Report on vaccination in Madras 1922-1929 - 1922-1929
Year: 1922
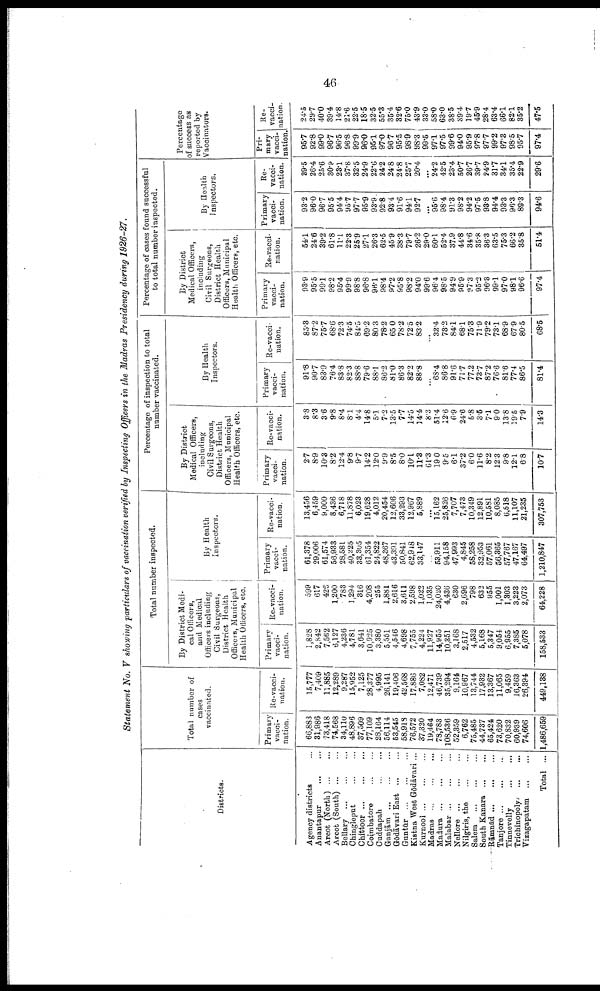
46
Statement No. V showing particulars of vaccination verified by Inspecting Officers in the Madras Presidency during 1926-27.
Districts.
Agency districts ...
Anantapur
...
...
Arcot (North)
...
...
Arcot (South)
...
...
Bellary
...
...
...
Chingleput ... ...
Chittoor
...
...
...
Coimbatore
...
...
Cuddapah
...
...
Ganjāin
...
...
...
Gōdāvari East ... ...
Guntūr
...
...
...
Kistna West Gōdāvari ...
Kurnool
...
...
...
Madras
...
...
...
Madura ... ... ...
Malabar
...
...
...
Nellore
...
...
...
Nilgiris, the
Salem
South Kanara
...
...
Rānmād
...
...
...
Tanjore
...
...
...
Tinnevelly
...
...
Trichinopoly
...
...
Vizagapatam
...
...
Total ...
Total number of
cases
vaccinated.
Primary
vacci
nation.
66,883
31,986
73,418
74,568
34,110
48,896
37,509
77,109
28,164
56,114
53,545
58,918
76,572
37,320
19,464
78,783
108,536
52,359
6,762
75,485
44,737
65,424
73,620
70,832
60,939
74,606
1,486,659
Re-vacci¬
nation.
15,777
7,409
11,885
12,289
9,287
15,952
7,125
28,377
4,995
26,141
19,406
42,568
17,886
7,082
12,471
46,739
35,294
9,164
10,967
13,744
17,932
13,367
11,065
9,459
16,363
26,394
449,138
Total number inspected.
By District Medi
cal Officers,
and Medical
Officers including
Civil Surgeons,
District Health
Officers, Municipal
Health Officers, etc.
Primary
vacci¬
nation.
1,828
2,842
7,562
6,127
4,236
4,781
3,641
10,925
3,380
5,551
4,546
4,698
7,755
4,224
11,927
14,955
10,351
3,168
2,517
4,532
5,168
5,347
9,054
6,955
7,385
5,078
158,533
Re-vacci
nation.
599
617
426
1,200
783
1,294
316
4,208
255
1,881
2,616
3,611
2,598
1,023
1,035
24,020
4,436
630
2,696
798
632
955
1,001
1,303
3,223
2,073
64,228
By Health
Inspectors.
Primary
vacci
nation.
61,378
29,006
61,574
56,933
28,581
40,225
33,305
61,354
24,822
48,367
43,391
50,841
62,948
33,147
...
53,911
94,158
47,993
4,845
58,258
32,953
57,061
56,365
57,767
47,167
64,497
1,210,847
Re-vacci¬
nation.
13,456
6,459
9,000
8,436
6,718
11,878
6,023
19,628
4,012
20,454
12,606
33,293
12,967
5,889
...
15,162
25,826
7,707
7,473
10,349
12,891
10,581
8,085
6,518
11,107
21,235
307,753
Percentage of inspection to total
number vaccinated.
By District
Medical Officers,
including
Civil Surgeons,
District Health
Officers, Municipal
Health Officers, etc.
Primary
vacci
nation.
2.7
8.9
10.3
8.2
12.4
9.8
9.7
14.2
12.0
9.9
8.5
8.0
10.1
11.8
61.3
19.0
9.5
6.1
37.2
6.0
11.6
8.2
12.3
9.8
12.1
6.8
10.7
Re-vacci
nation.
3.8
8.3
3.6
9.8
8.4
8.1
4.4
14.8
5.1
7.2
13.5
7.7
14.5
14.4
8.3
51.4
12.6
6.9
24.6
5.8
3.5
7.1
9.0
13.8
19.5
7.9
14.3
By Health
Inspectors.
Primary
vacci
nation.
91.8
90.7
83.9
76.4
83.8
82.3
88.8
79.6
88.1
86.2
81.0
86.3
82.2
88.8
...
68.4
868
91.6
71.7
77.2
73.7
87.2
76.6
81.6
77.4
86.5
81.4
Re-vacci
nation.
85.3
87.2
75.7
68.6
72.3
74.5
84.5
69.2
80.3
78.2
65.0
78.2
72.5
83.2
...
32.4
73.2
84.1
68.1
75.3
71.9
79.2
73.1
68.9
67.9
80.5
68.5
Percentage of oases found successful
to total number inspected.
By District
Medical Officers,
including
Civil Surgeons,
District Health
Officers, Municipal
Health Officers, etc.
Primary
vacci
nation.
93.9
95.5
99.1
98.2
95.4
99.9
98.8
96.8
98.l
98.4
97.2
95.8
98.2
94.0
99.6
96.4
98.5
94.9
95.9
97.3
95.2
96.3
99.1
97.0
98.1
96.6
97.4
Re-vacci
nation.
54.1
24.6
39.2
61.8
11.1
22.3
25.9
27.1
26.3
62.5
45.9
38.3
79.7
26.2
29.0
60.1
52.4
37.9
44.8
34.6
35.8
36.3
63.5
75.3
66.2
35.8
51.4
By Health
Inspectors.
Primary
vacci¬
nation.
93.2
96.0
96.7
95.5
94.4
95.7
97.7
95.9
93.9
92.8
93.4
91.6
94.1
92.7
...
95.6
98.4
91.3
98.2
94.2
97.5
98.8
94.4
93.3
96.3
893
94.6
Re-
vacci¬
nation.
39.5
26.4
25.6
30.9
23.1
37.8
32.5
24.9
22.6
24.2
24.8
24.8
25.7
20.4
...
24.2
42.5
23.4
50.7
26.7
39.7
24.9
31.7
34.1
35.4
22.9
29.6
Percentage
of success as
reported by
Vaccinators.
Pri¬
mary
vacci¬
nation.
95.7
92.8
99.0
96.7
96.5
96.8
99.9
96.0
95.1
97.0
96.7
95.5
98.9
98.3
99.5
97.1
97.5
99.6
94.0
95.9
97.8
97.7
99.2
97.3
98.5
95.7
97.4
Re-
vacci
nation.
24.5
29.7
40.0
39.4
14.8
21.6
22.5
18.5
32.5
55.3
35.4
82.6
75.0
43.9
33.0
58.0
63.0
38.5
39.4
19.7
45.9
28.4
63.4
66.1
82.1
35.2
47.5